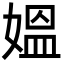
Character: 媼